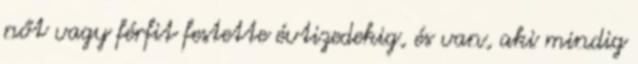
nőt vagy férfit festette évtizedekig, és van, aki mindig